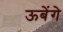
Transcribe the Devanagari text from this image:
ऊबेंगे